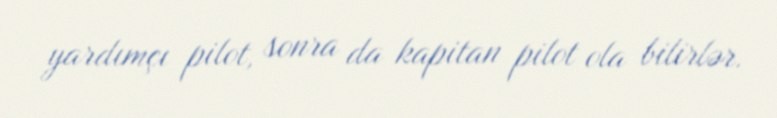
yardımçı pilot, sonra da kapitan pilot ola bilirlər.